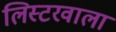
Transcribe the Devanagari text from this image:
लिस्टरवाला